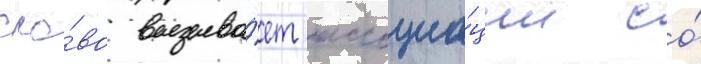
сло́во вызыва́ет ассоциа́ции со́